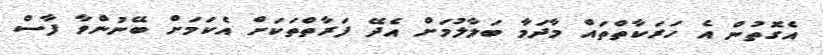
އެގޮތުން އެ ހަރަކާތްތައް މާދަމާ ބަލާލުމަށް އެދޭ ފަރާތްތަކަށް އެކަމަށް ބޭނުންވާ ފާސް